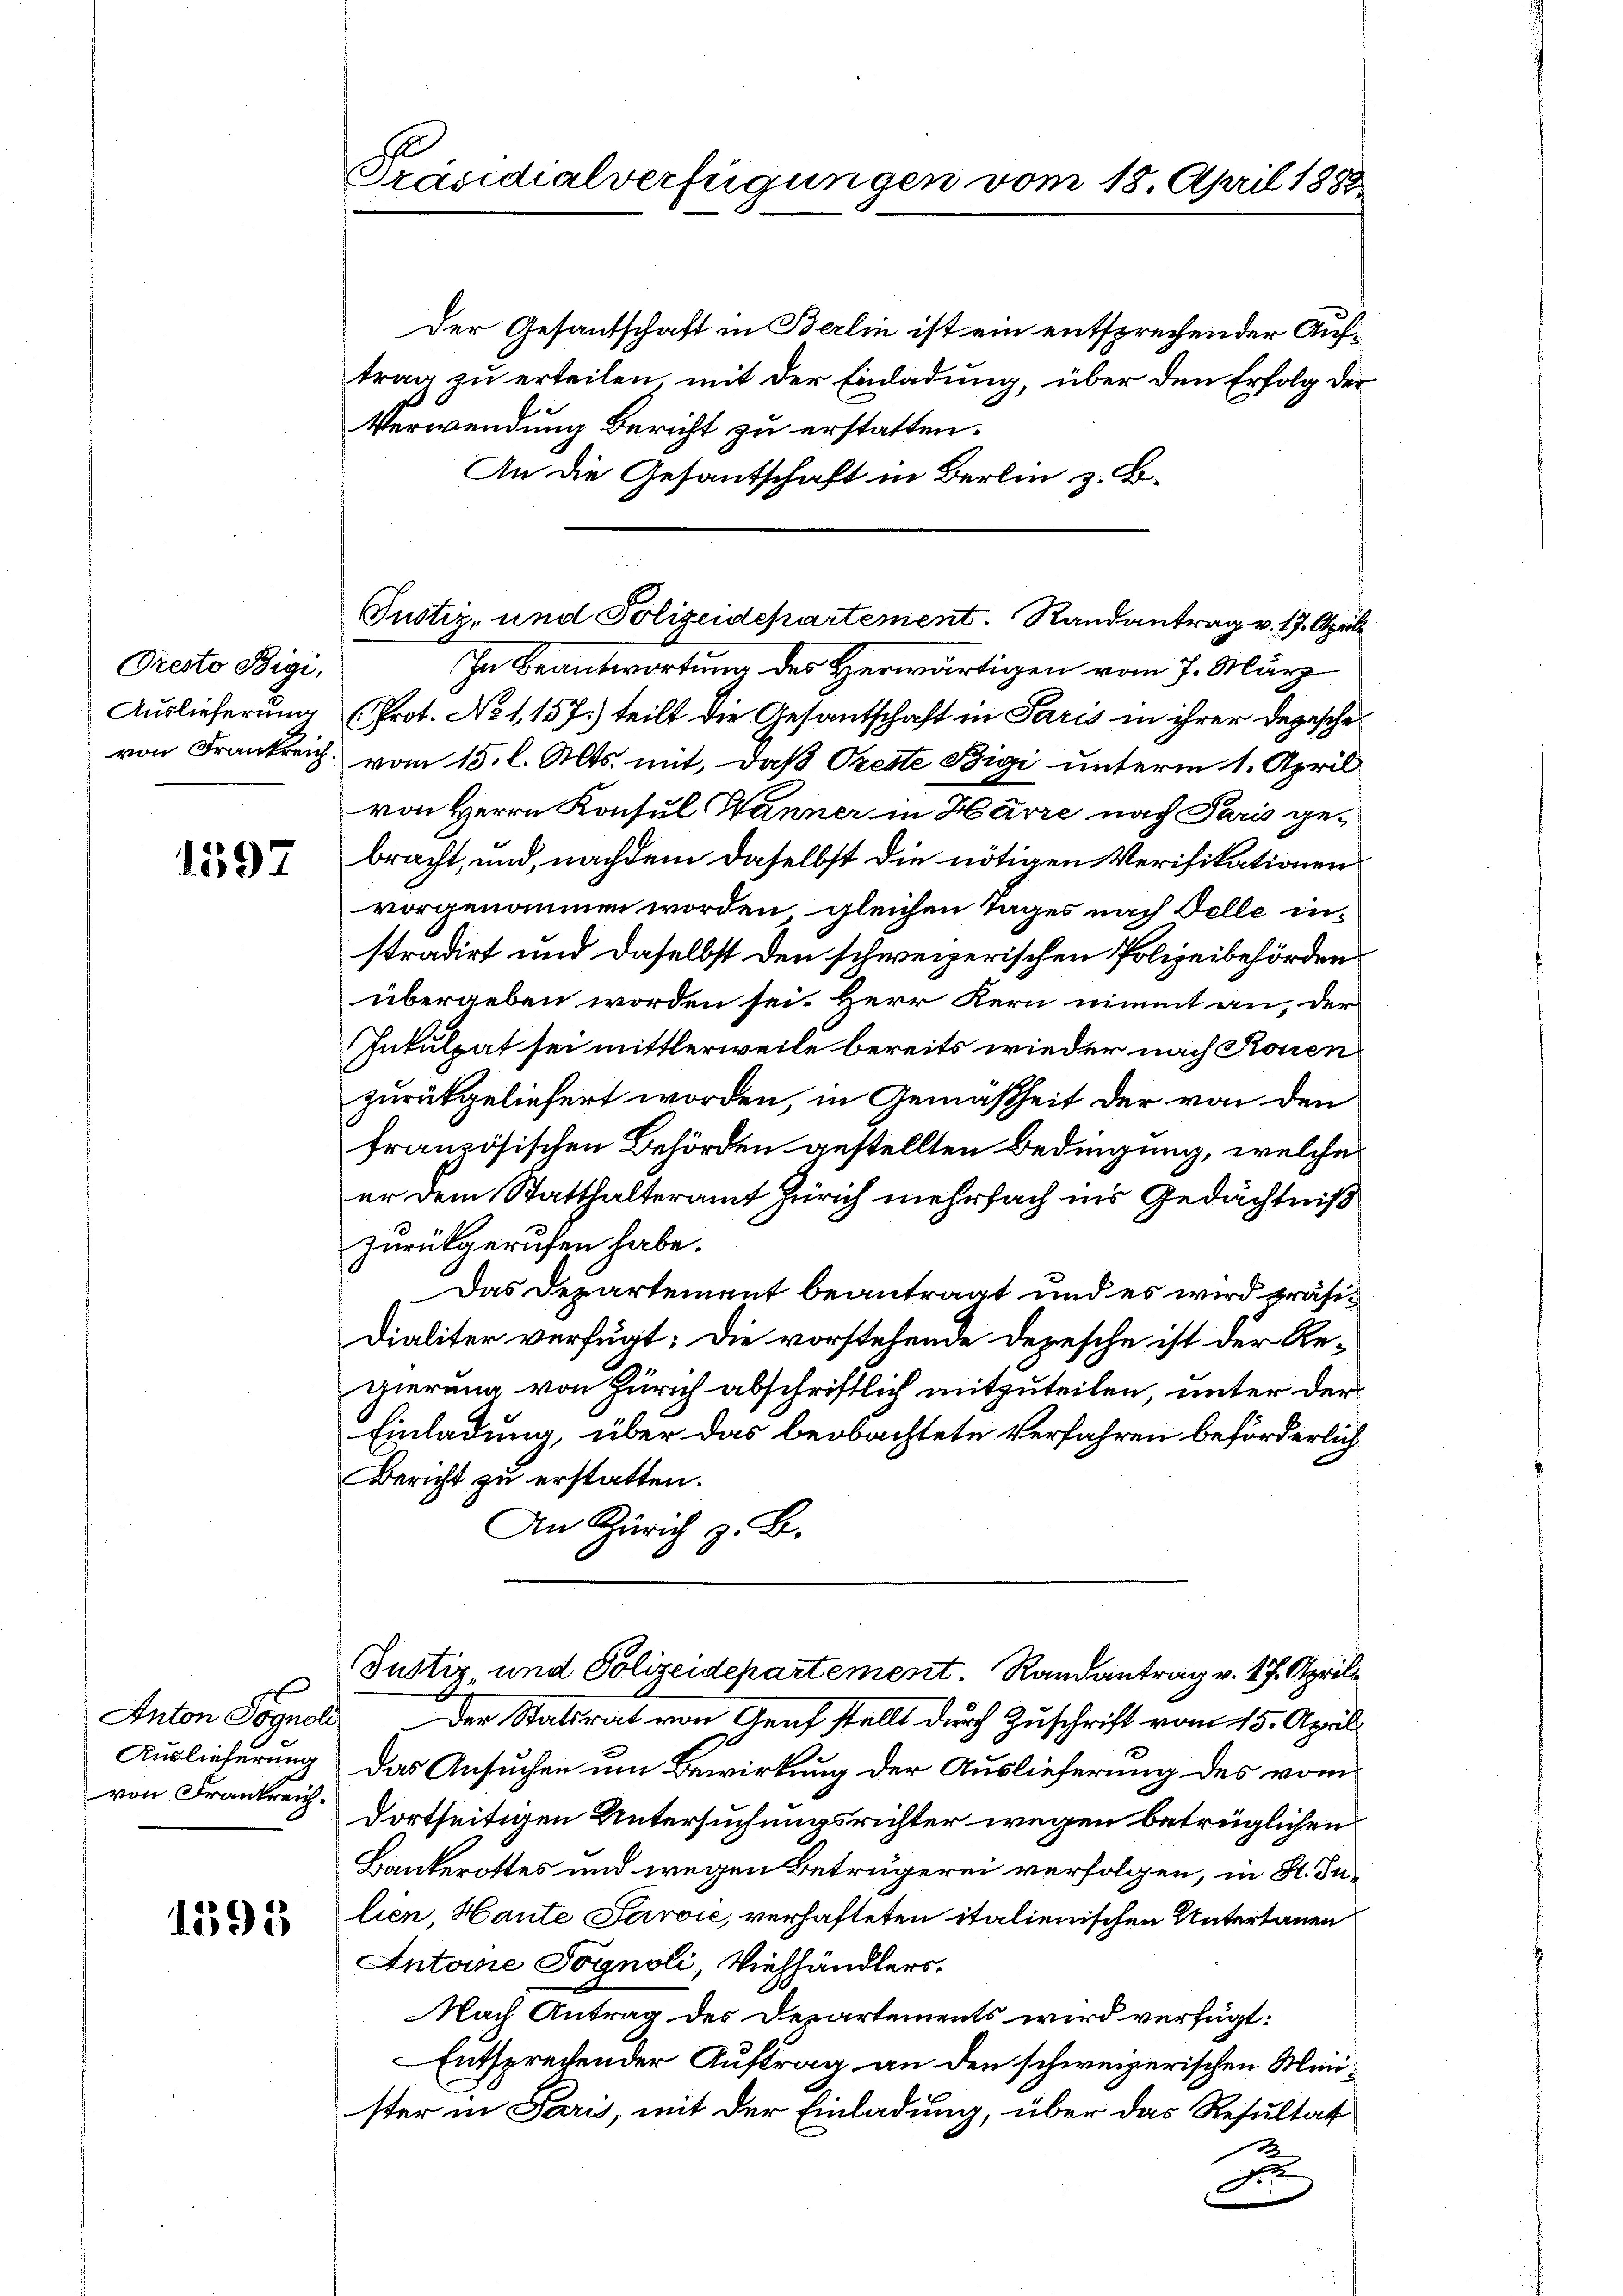
Presto Bigi,

1597

von Frankreich.

1393

trag zu erteilen, mit der Einladung, über den Erfolg der
Verwendung Bericht zu erstatten.
An die Gesantschaft in Berlin z. B.
In Beantwortung des Herwärtigen vom 7. März
Auslieferung (Prot. No 1,157) teilt die Gesantschaft in Paris in ihrer Depesche
von Frankreich vom 15. l. Mts. mit, daß Oreste Bigi unterm 1. April
von Herrn Konsul Wanner in Harre nach Paris gebracht, und, nachdem daselbst die nötigen Verifikationen
vorgenommen worden, gleichen Tages nach Felle instradirt und daselbst den schweizerischen Polizeibehörden
übergeben worden sei. Herr Kern nimmt an, der
Inkulpat sei mittlerweile bereits wieder nach Rouen
zurückgeliefert worden, in Gemäßheit der von den
französischen Behörden gestellten Bedingung, welche
er dem Statthalteramt Zürich mehrfach ins Gedächtniß
zurückgerufen habe.
Das Departement beantragt und es wird präsi¬
Dialiter verfügt: Die vorstehende Depesche ist der Regierung von Zürich abschriftlich mitzuteilen, unter der
Einladung, über das beobachtete Verfahren beförderlich
Bericht zu erstatten.
An Zürich z. B.
Justiz- und Polizeidepartement. Randantrag v. 17. April
Anton Pognoli. Der Statsrat von Genf stellt durch Zuschrift vom 15. April
Auslieferung das Ansuchen um Bewirkung der Auslieferung des vom
dortseitigen Untersuchungsrichter wegen betrüglichen
Bankerottes und wegen Betrugerei verfolgen, in H. Inlien, Haute Paroić, verhafteten italienischen Untertauen
Antone Fognoli, Viehhändlers,
Nach Antrag des Departements wird verfügt:
Entsprechender Auftrag an den schweizerischen Menster in Paris, mit der Einladung, über das Resultat
s
A

Präsidialverfügungen vom 18. April 1882

Der Gesantschaft in Berlin ist ein entsprechender Auf¬

Justiz- und Polizeidepartement. Randantrag v. 17. April